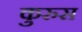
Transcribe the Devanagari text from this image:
कुरुस